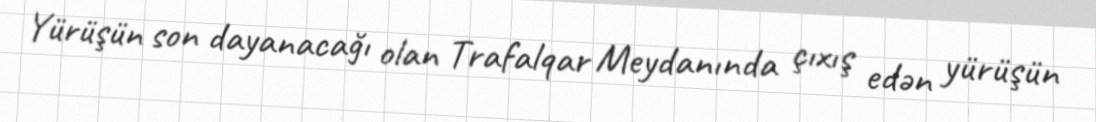
Yürüşün son dayanacağı olan Trafalqar Meydanında çıxış edən yürüşün